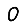
Digit: 0